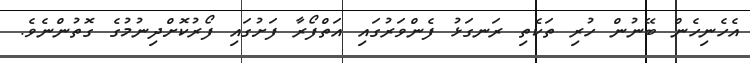
އެހެނިހެން ބޭނުން ހުރި ތަކެތި ރަނގަޅު ފެންވަރުގައި އަތްފޯރާ ފަށުގައި ފޯރުކޮށްދިނުމުގެ ގޮތުންނެވެ.